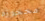
محجوزة